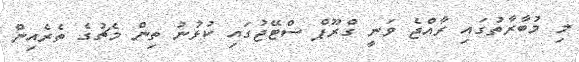
މި މުބާރާތުގައި ރާއްޖެ ވަނީ ގްރޫޕް ސްޓޭޖުގައި ކުޅުނު ތިން މެޗުގެ ތެރެއިން